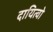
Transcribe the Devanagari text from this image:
दायित्वो